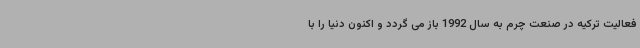
فعالیت ترکیه در صنعت چرم به سال 1992 باز می گردد و اکنون دنیا را با